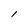
Character: l